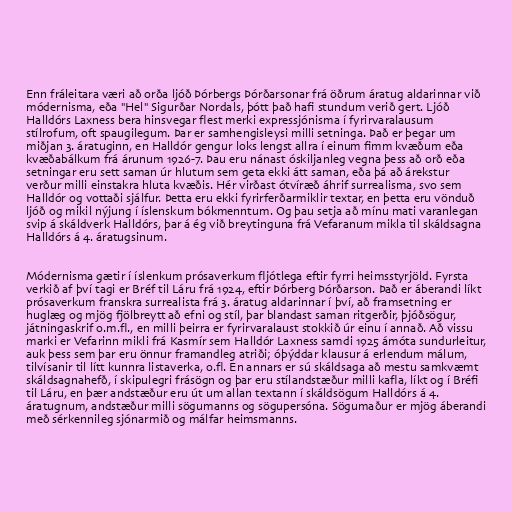
Enn fráleitara væri að orða ljóð Þórbergs Þórðarsonar frá öðrum áratug aldarinnar við
módernisma, eða "Hel" Sigurðar Nordals, þótt það hafi stundum verið gert. Ljóð
Halldórs Laxness bera hinsvegar flest merki expressjónisma í fyrirvaralausum
stílrofum, oft spaugilegum. Þar er samhengisleysi milli setninga. Það er þegar um
miðjan 3. áratuginn, en Halldór gengur loks lengst allra í einum fimm kvæðum eða
kvæðabálkum frá árunum 1926-7. Þau eru nánast óskiljanleg vegna þess að orð eða
setningar eru sett saman úr hlutum sem geta ekki átt saman, eða þá að árekstur
verður milli einstakra hluta kvæðis. Hér virðast ótvíræð áhrif surrealisma, svo sem
Halldór og vottaði sjálfur. Þetta eru ekki fyrirferðarmiklir textar, en þetta eru vönduð
ljóð og mikil nýjung í íslenskum bókmenntum. Og þau setja að mínu mati varanlegan
svip á skáldverk Halldórs, þar á ég við breytinguna frá Vefaranum mikla til skáldsagna
Halldórs á 4. áratugsinum.

Módernisma gætir í íslenkum prósaverkum fljótlega eftir fyrri heimsstyrjöld. Fyrsta
verkið af því tagi er Bréf til Láru frá 1924, eftir Þórberg Þórðarson. Það er áberandi líkt
prósaverkum franskra surrealista frá 3. áratug aldarinnar í því, að framsetning er
huglæg og mjög fjölbreytt að efni og stíl, þar blandast saman ritgerðir, þjóðsögur,
játningaskrif o.m.fl., en milli þeirra er fyrirvaralaust stokkið úr einu í annað. Að vissu
marki er Vefarinn mikli frá Kasmír sem Halldór Laxness samdi 1925 ámóta sundurleitur,
auk þess sem þar eru önnur framandleg atriði; óþýddar klausur á erlendum málum,
tilvísanir til lítt kunnra listaverka, o.fl. En annars er sú skáldsaga að mestu samkvæmt
skáldsagnahefð, í skipulegri frásögn og þar eru stílandstæður milli kafla, líkt og í Bréfi
til Láru, en þær andstæður eru út um allan textann í skáldsögum Halldórs á 4.
áratugnum, andstæður milli sögumanns og sögupersóna. Sögumaður er mjög áberandi
með sérkennileg sjónarmið og málfar heimsmanns.